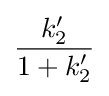
{\frac {k'_{2}}{1+k'_{2}}}